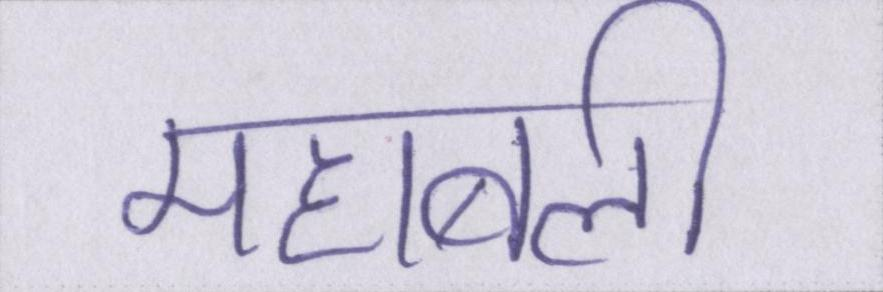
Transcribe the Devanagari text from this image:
महाबली